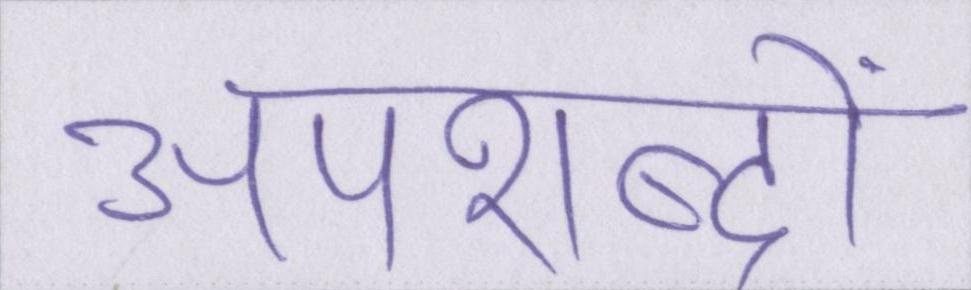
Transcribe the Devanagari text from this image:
अपशब्दों